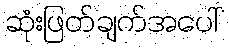
ဆုံးဖြတ်ချက်အပေါ်